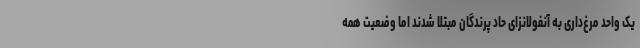
یک واحد مرغ‌داری به آنفولانزای حاد پرندگان مبتلا شدند اما وضعیت همه